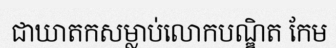
ជាឃាតកសម្លាប់លោកបណ្ឌិត កែម